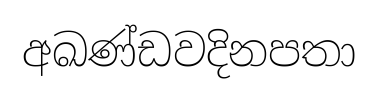
අඛණ්ඩවදිනපතා